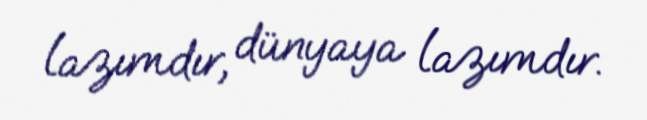
lazımdır, dünyaya lazımdır.